Indian journal of veterinary science and animal husbandry - Volume 8,
Year: 1938
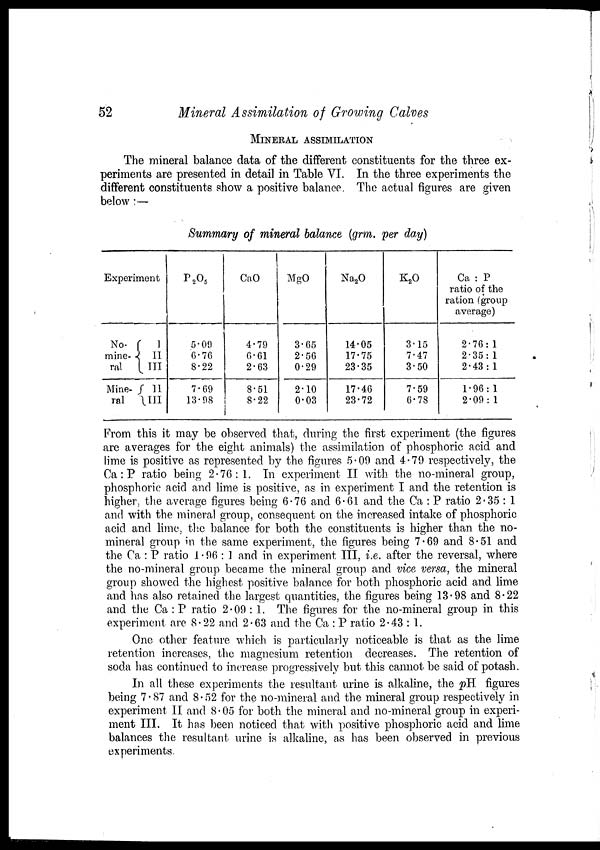
52
Mineral Assimilation of Growing Calves
MINERAL ASSIMILATION
The mineral balance data of the different constituents for the three ex-
periments are presented in detail in Table VI. In the three experiments the
different constituents show a positive balance The actual figures are given
below :—
Summary of mineral balance (grm. per day)
Experiment
No-
mine-
ral
Mine-
ral
I
II
III
II
III
P 2 O 5
5.09
6.76
8.22
7.69
13.98
CaO
4.79
0.61
2.63
8.51
8.22
MgO
3.65
2. 56
0.29
2.10
0.03
Na 2 O
14.05
17.75
23.35
17.46
23.72
K 2 O
3.15
7.47
3.50
7.59
6.78
Ca : P
ratio of the
ration (group
average)
2.76 : 1
2.35 : 1
2.43 : 1
1.96 :1
2.09 : 1
From this it may be observed that, during the first experiment (the figures
are averages for the eight animals) the assimilation of phosphoric acid and
lime is positive as represented by the figures 5.09 and 4.79 respectively, the
Ca : P ratio being 2.76: 1. In experiment II with the no-mineral group,
phosphoric acid and lime is positive, as in experiment I and the retention is
higher, the average figures being 6.76 and 6.61 and the Ca : P ratio 2.35 : 1
and with the mineral group, consequent on the increased intake of phosphoric
acid and lime, the balance for both the constituents is higher than the no-
mineral group in the same experiment, the figures being 7.69 and 8.51 and
the Ca : P ratio 1.96 : 1 and in experiment III, i.e. after the reversal, where
the no-mineral group became the mineral group and vice versa, the mineral
group showed the highest positive balance for both phosphoric acid and lime
and has also retained the largest quantities, the figures being 13.98 and 8.22
and the Ca : P ratio 2.09 : 1. The figures for the no-mineral group in this
experiment are 8.22 and 2.63 and the Ca : P ratio 2.43 : 1.
One other feature which is particularly noticeable is that as the lime
retention increases, the magnesium retention decreases. The retention of
soda has continued to increase progressively but this cannot be said of potash.
In all these experiments the resultant urine is alkaline, the pH figures
being 7.87 and 8.52 for the no-mineral and the mineral group respectively in
experiment II and 8.05 for both the mineral and no-mineral group in experi-
ment III. It has been noticed that with positive phosphoric acid and lime
balances the resultant urine is alkaline, as has been observed in previous
experiments.